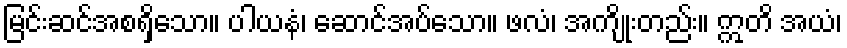
မြင်းဆင်အစရှိသော။ ပါယနံ၊ ဆောင်အပ်သော။ ဖလံ၊ အကျိုးတည်း။ ဣတိ အယံ၊